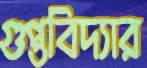
গুপ্তবিদ্যার